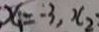
x _ { 1 } = - 3 , x _ { 2 }